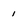
Character: 1